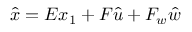
\hat { x } = E x _ { 1 } + F \hat { u } + F _ { w } \hat { w }